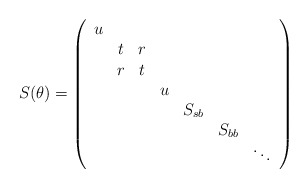
\begin{align*}S(\theta )=\left( \begin{array}{ccccccc}u & & & & & & \\ & t & r & & & & \\ & r & t & & & & \\ & & & u & & & \\ & & & & S_{sb} & & \\ & & & & & S_{bb} & \\ & & & & & & \ddots\end{array}\right)\end{align*}